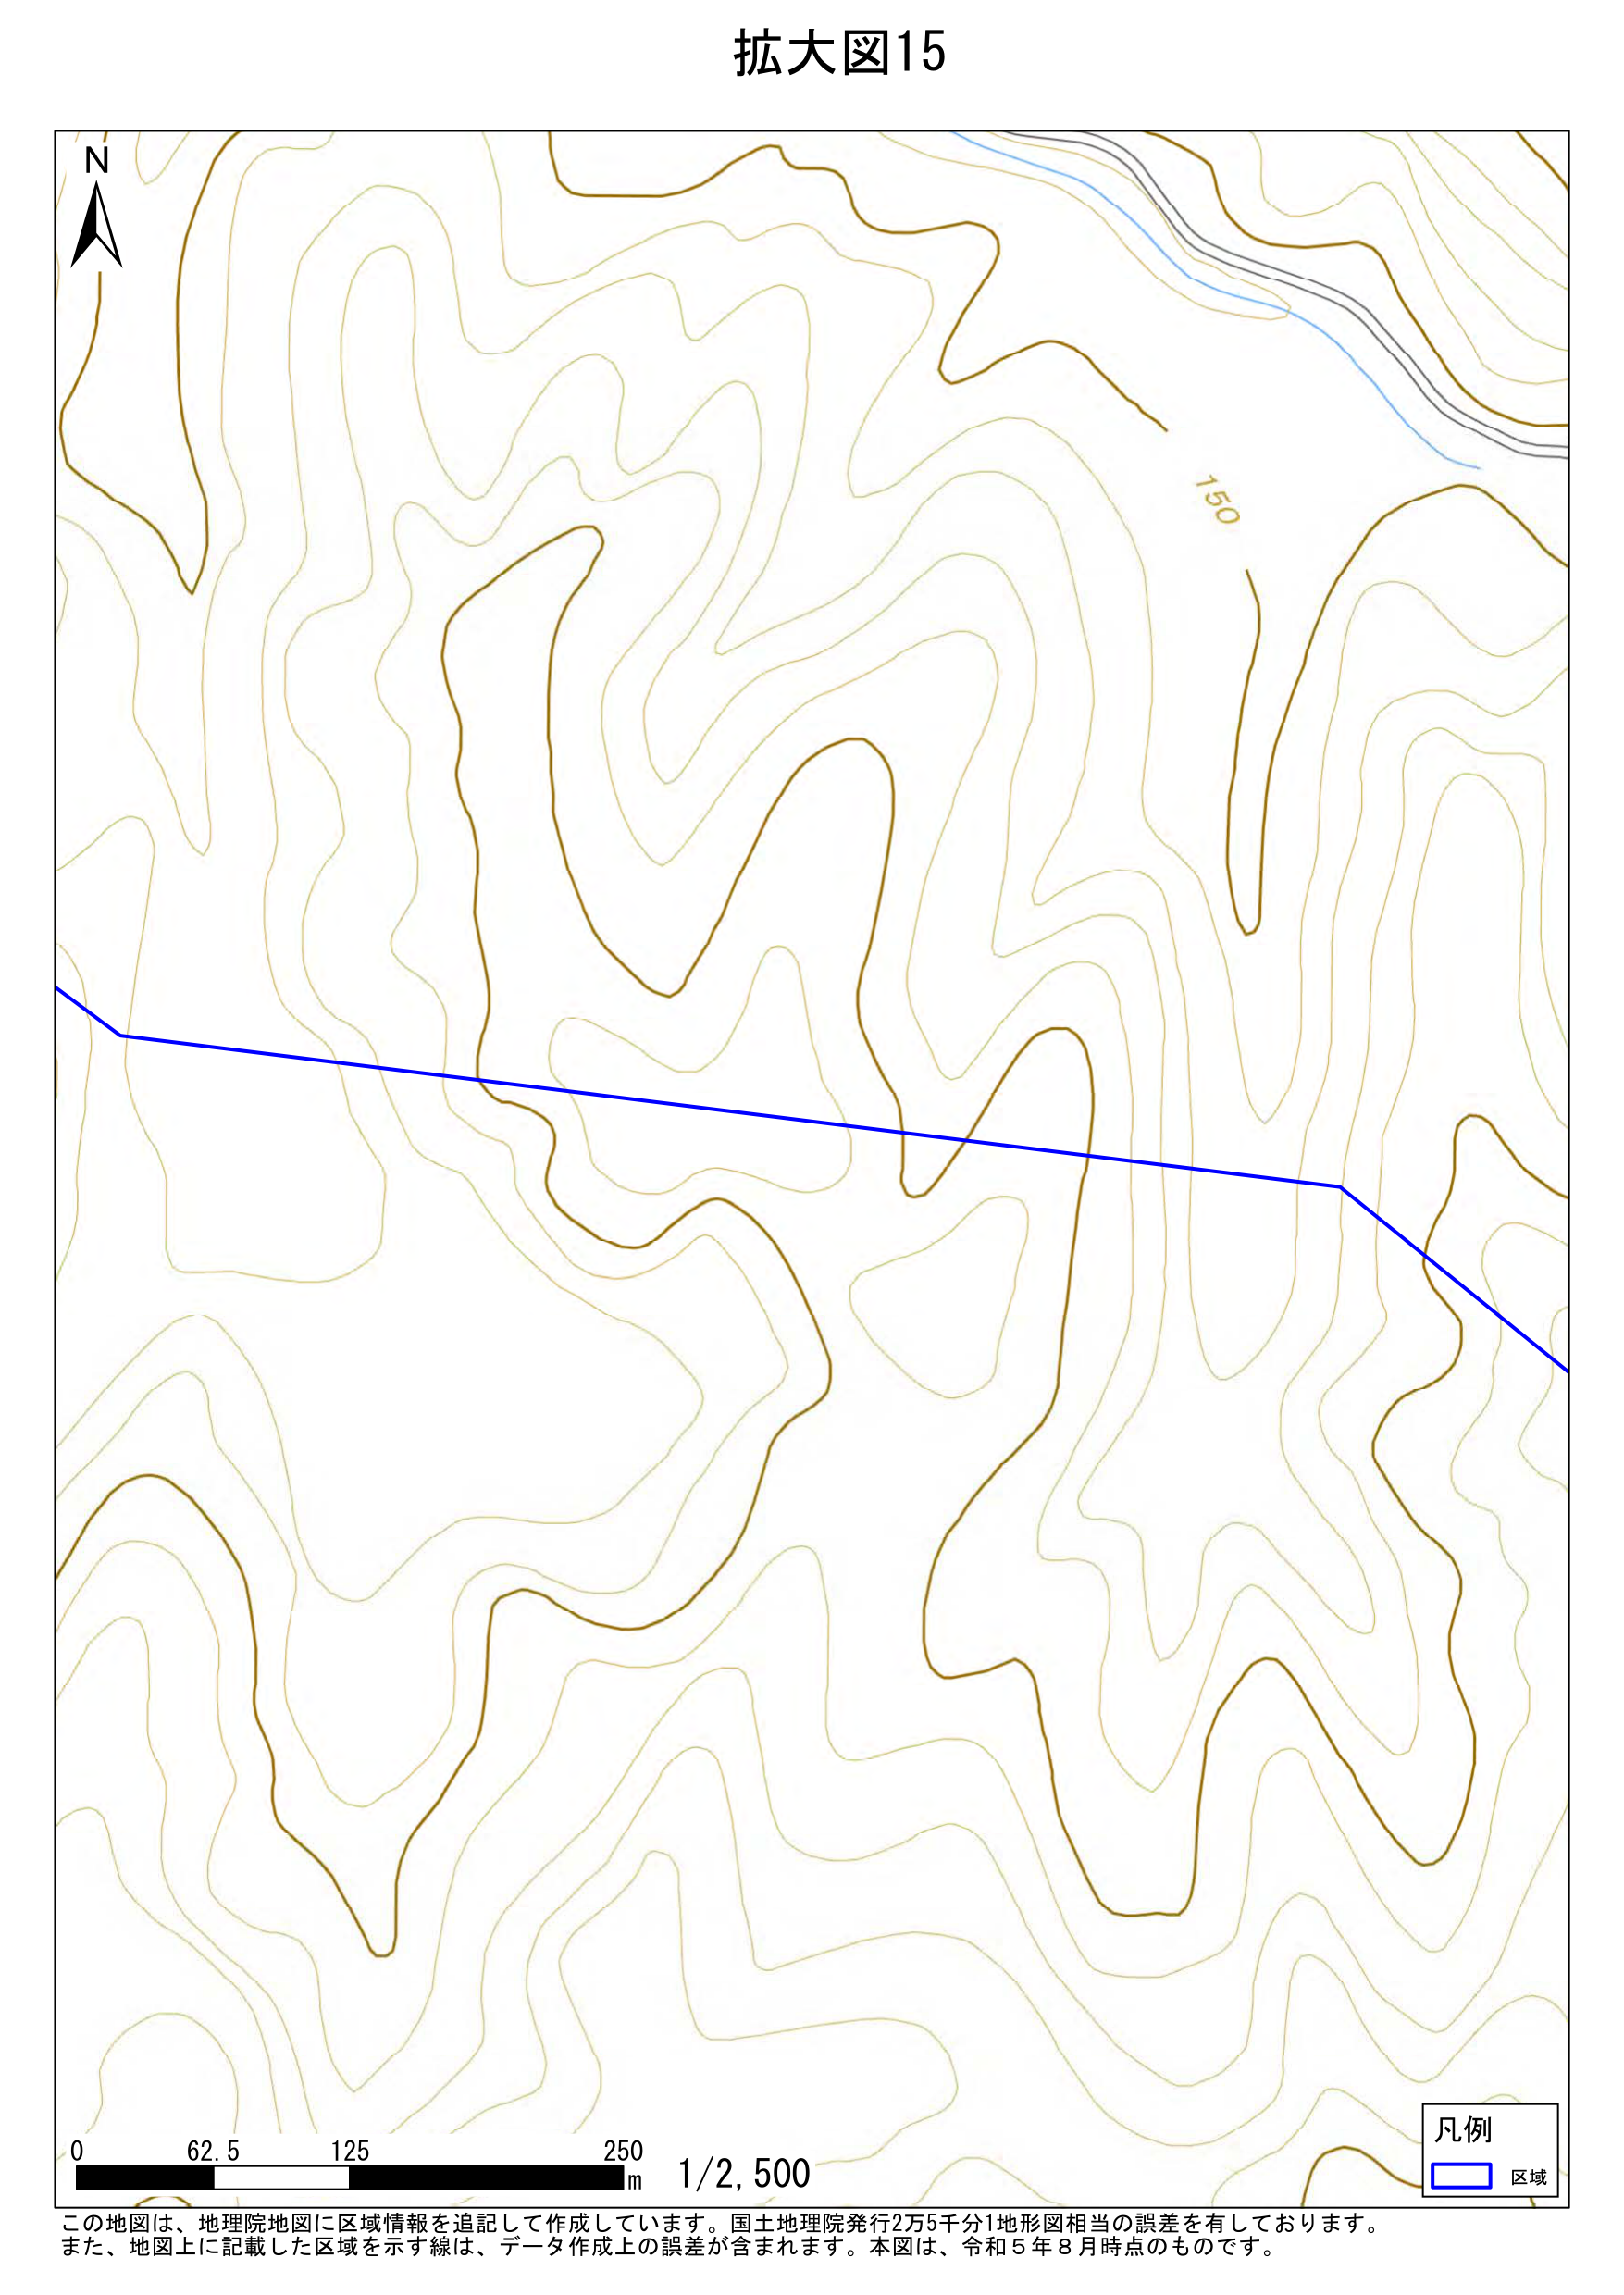
拡大図15

N

150

0    62.5    125    250 m    1/2,500

凡例
□ 区域

この地図は、地理院地図に区域情報を追記して作成しています。国土地理院発行2万5千分1地形図相当の誤差を有しております。
また、地図上に記載した区域を示す線は、データ作成上の誤差が含まれます。本図は、令和5年8月時点のものです。